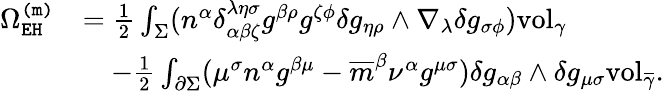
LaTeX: \begin{array}{rl}{\Omega_{\mathtt{EH}}^{\mathtt{(m)}}}&{=\frac{1}{2}\int_{\Sigma}(n^{\alpha}\delta_{\alpha\beta\zeta}^{\lambda\eta\sigma}g^{\beta\rho}g^{\zeta\phi}\delta g_{\eta\rho}\wedge\nabla_{\lambda}\delta g_{\sigma\phi})\mathrm{vol}_{\gamma}}\\ &{\quad-\frac{1}{2}\int_{\partial\Sigma}(\mu^{\sigma}n^{\alpha}g^{\beta\mu}-\overline{{m}}^{\beta}\nu^{\alpha}g^{\mu\sigma})\delta g_{\alpha\beta}\wedge\delta g_{\mu\sigma}\mathrm{vol}_{\overline{{\gamma}}}.}\end{array}